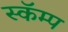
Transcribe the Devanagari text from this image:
स्कॅम्प